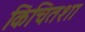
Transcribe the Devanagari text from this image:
किंचितशा